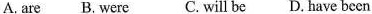
A. are B. Were C. will be D. Have been